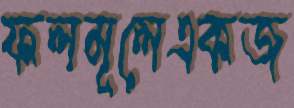
ফলমূলেএকজ